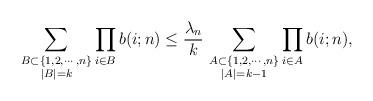
LaTeX: \begin{align*}\sum_{\substack{B\subset \{1,2,\cdots , n\}\\ |B| = k}} \prod_{i\in B} b(i;n) \leq \frac{\lambda_n}{k}\, \sum_{\substack{A\subset \{1,2,\cdots , n\}\\ |A| = k-1}} \prod_{i\in A} b(i;n),\end{align*}